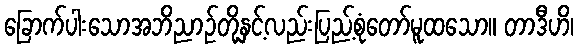
ခြောက်ပါးသောအဘိညာဉ်တို့နှင့်လည်းပြည့်စုံတော်မူထသော။ တာဒီဟိ၊